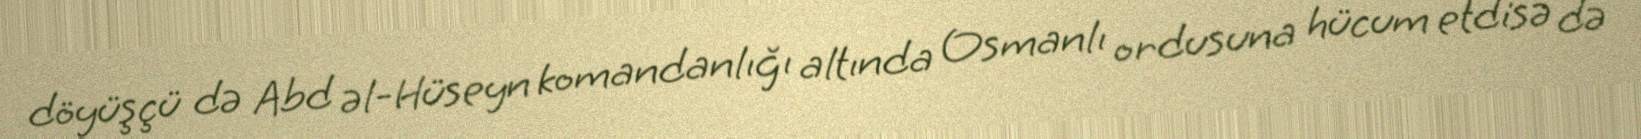
döyüşçü də Abd əl-Hüseyn komandanlığı altında Osmanlı ordusuna hücum etdisə də